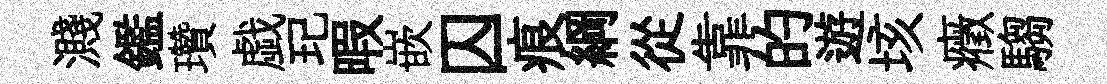
濺鑑瓚戯玘暇嵌囚痕綱從靠的遊垓癥騶